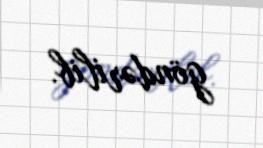
göndərilib.